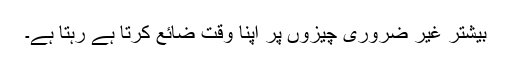
بیشتر غیر ضروری چیزوں پر اپنا وقت ضائع کرتا ہے رہتا ہے۔